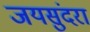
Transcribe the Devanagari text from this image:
जयसुंदरा